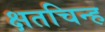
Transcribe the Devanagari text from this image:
क्षतचिन्ह